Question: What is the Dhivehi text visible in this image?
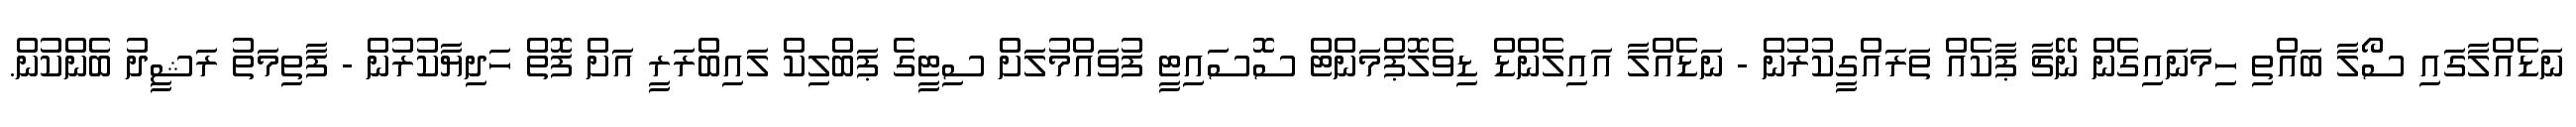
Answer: ނަޑެއްލާގައި ސޯލާ ބައްތި ހިމަނައިގެން ނޭޗާ ޕާކެއް ތަރައްގީކުރުން - ނަޑެއްލާ އައިލެންޑް ޑިވެލޮޕްމަންޓް ސޮސައިޓީ ފުވައްމުލަށް ސިޓީގެ ޕަބްލިކް ލައިބްރަރީ އަށް ފޮތް ހަދިޔާކުރުން - ފާތިމަތު ރަޝީދު ބެންކުން.